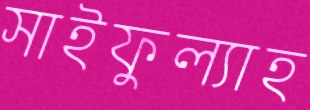
সাইফুল্যাহ